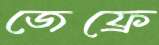
জেফ্রে